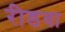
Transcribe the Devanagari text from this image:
रीडवा